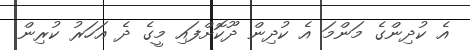
އެ ކުދިންގެ މަންމަ އެ ކުދިން ދޫކޮށްފައި މީގެ ދެ އަހަރު ކުރިން